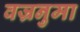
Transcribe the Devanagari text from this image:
वज्रनुमा